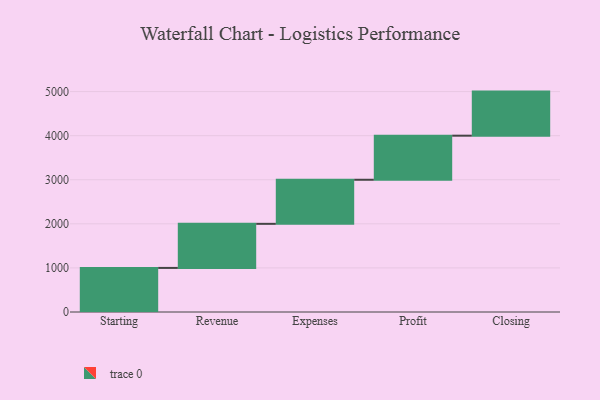
{"axis": {"x": "Step", "y": "Value"}, "legend": [""], "data": [{"x": "Starting", "y": 1000, "type": ""}, {"x": "Revenue", "y": 1000, "type": ""}, {"x": "Expenses", "y": 1000, "type": ""}, {"x": "Profit", "y": 1000, "type": ""}, {"x": "Closing", "y": 1000, "type": ""}]}